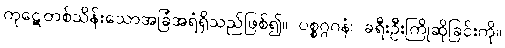
ကုဋေတစ်သိန်းသောအခြံအရံရှိသည်ဖြစ်၍။ ပစ္စဂ္ဂဂနံ၊ ခရီးဦးကြိုဆိုခြင်းကို။